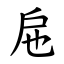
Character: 㦾